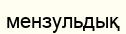
мензульдық